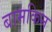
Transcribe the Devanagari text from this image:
बामकिन